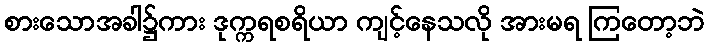
စားသောအခါ၌ကား ဒုက္ကရစရိယာ ကျင့်နေသလို အားမရ ကြတော့ဘဲ